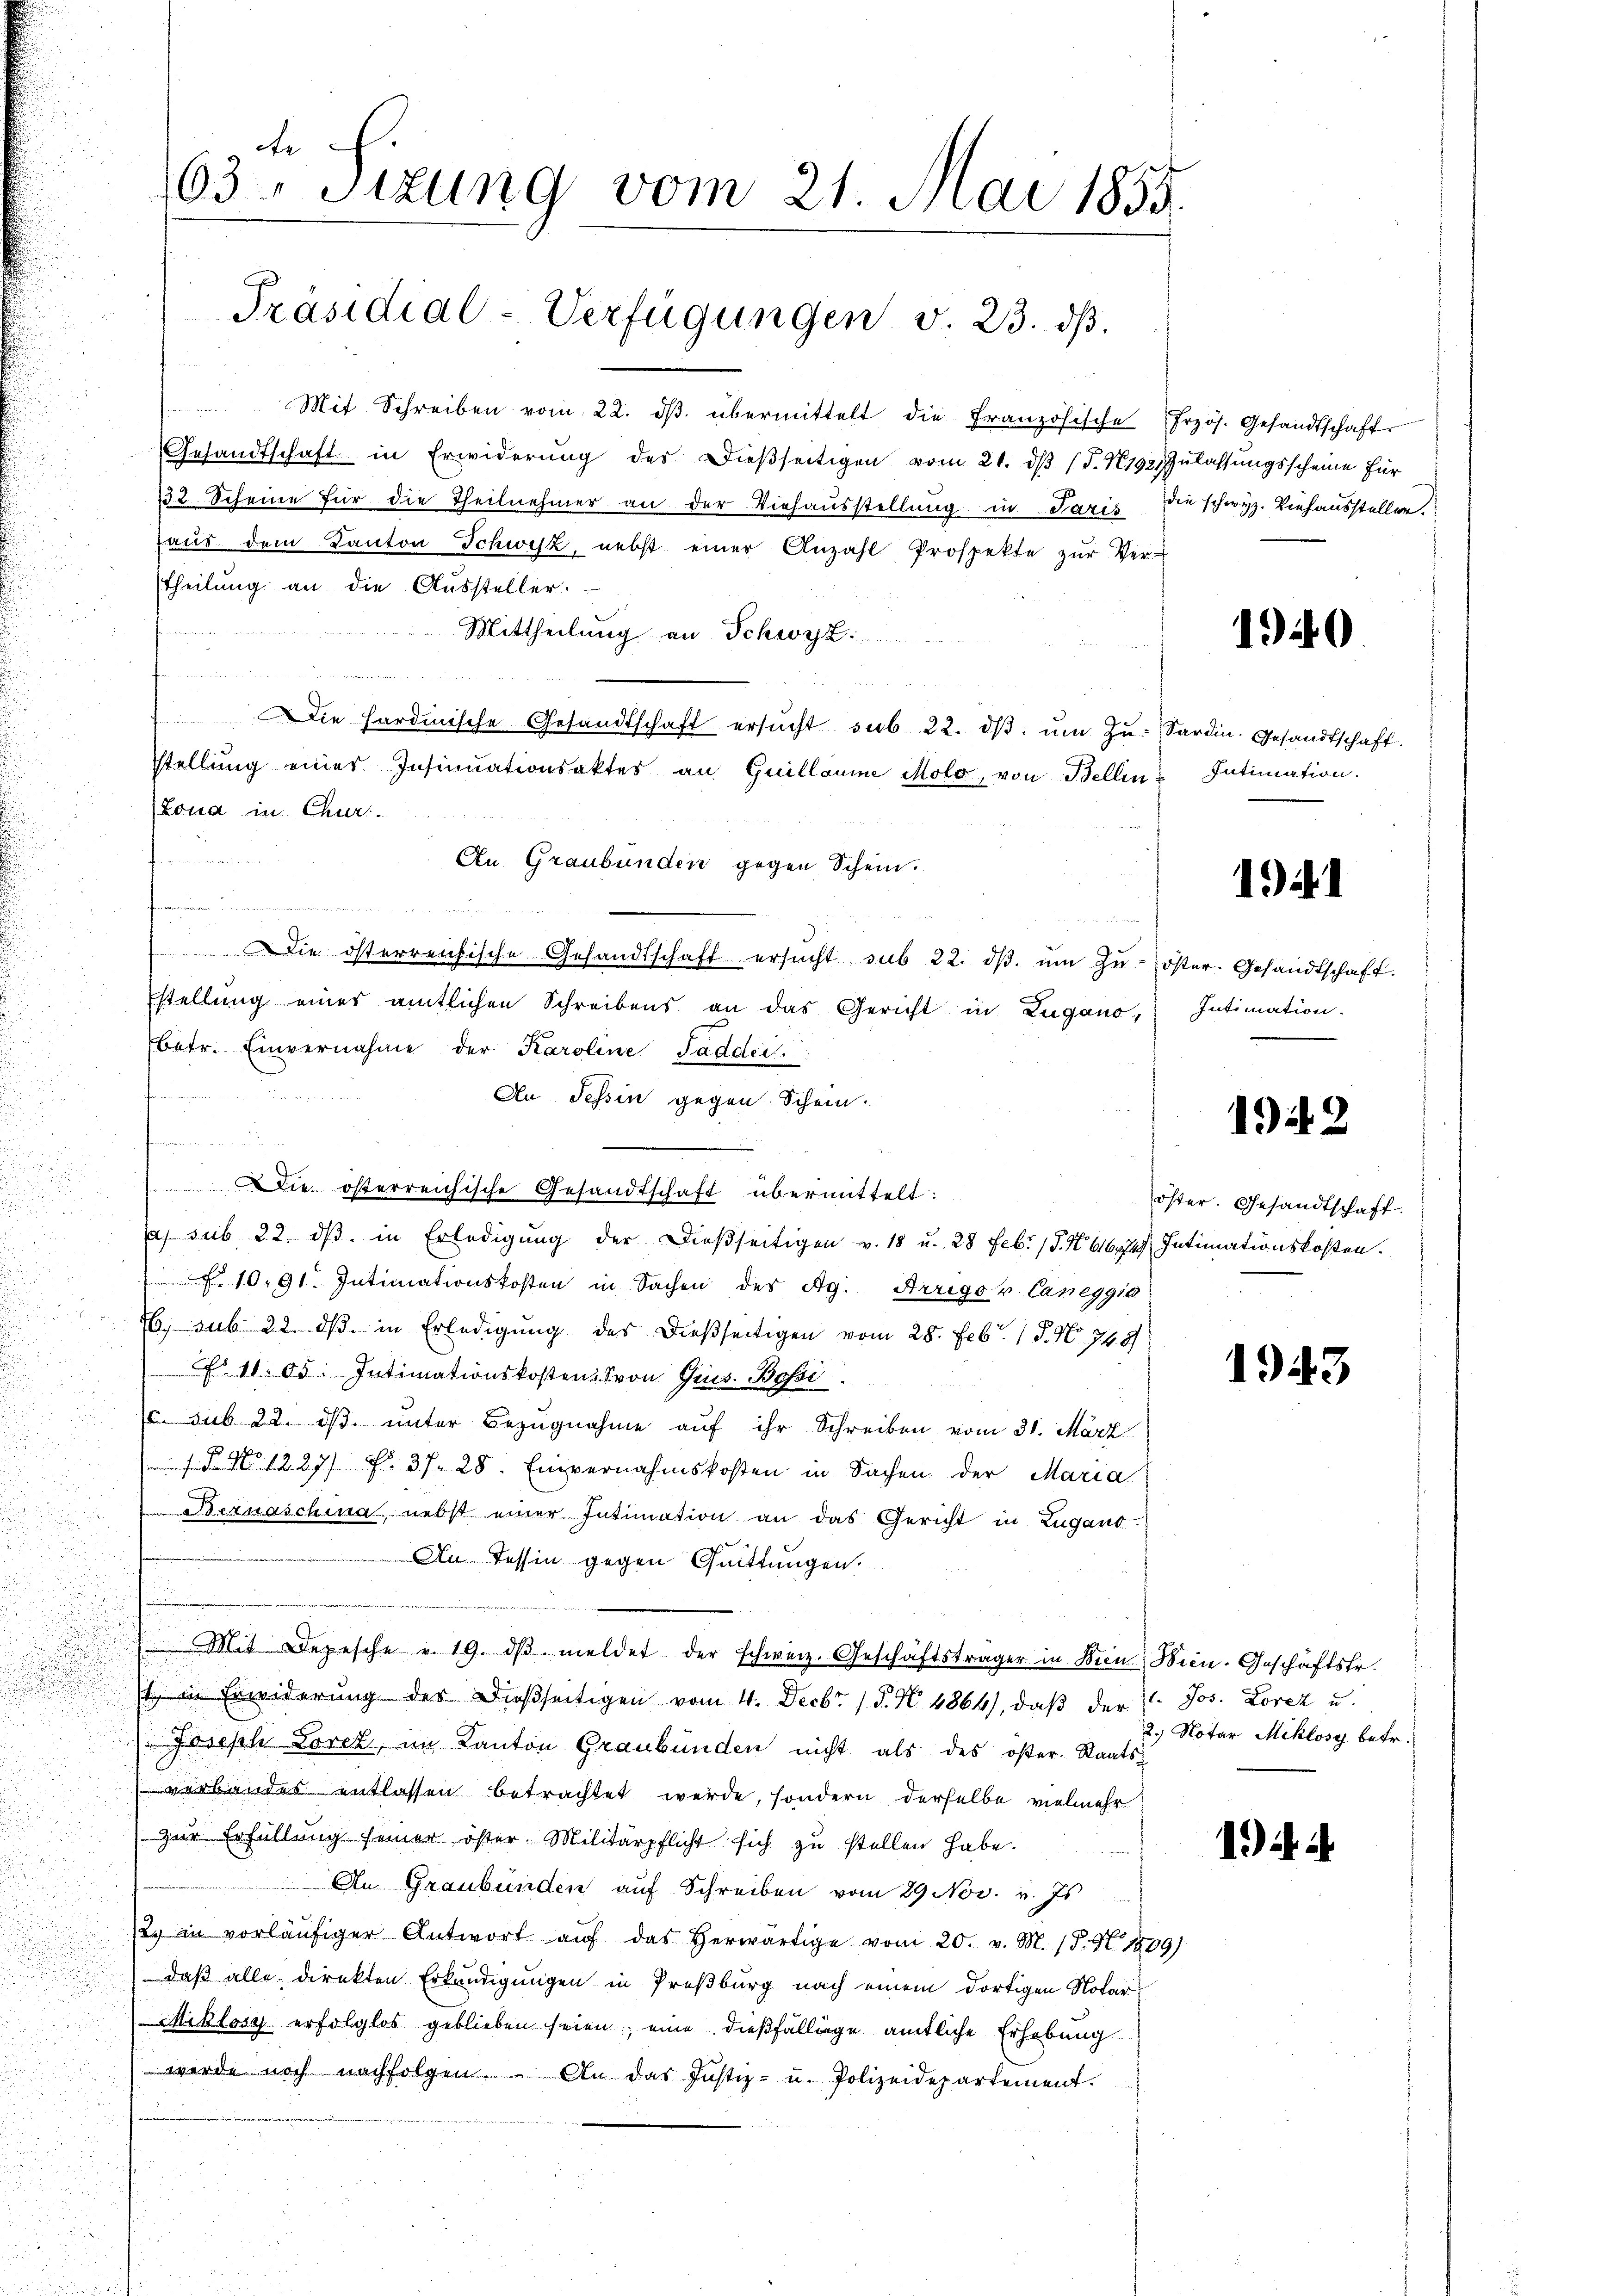
ete
63 Sizung vom 21. Mai 1855.

Präsidial-Verfügungen v. 23. dβ.

Mit Schreiben vom 22. dβ übermittelt die Französische frzös. Gesandtschaft
Gesandtschaft in Erwiderŭng der dieβseitigen vom 21. dβ (§. 1192) Zulassungsscheine für
132 Scheine für die Theilnehmer an der Viehausstellung in Paris die schwyz. Viehaussteller
haŭs dem Kanton Schwyz, nebst einer Anzahl Prospekte zŭr Ver-
theilung an die Aŭssteller.
Mittheilung an Schwyz
hann in anden eine in und in in und in in den den in
Lona in Chur

An Graubünden gegen Schein.
.
.
Die österreichische Gesandtschaft ersŭcht sub 22. dβ ŭm zŭ öster. Gesandtschaft.
Estellŭng eines amtlichen Schreibens an das Gericht in Lugano, Intimation.
betr. Einvernahme der Karoline Saddei.
d
Au Tessin gegen Schein.

Die österreichische Gesandtschaft übermittelt:
u
a sub 22. dβ in Erledigŭng der dießseitigen v. 18 u. 28 Febr. 15. No 616. Intimationskosten.
f. 1091. Intimationskosten in Sachen der Ag. Arrigo v. Caneggio
26, sub 22. dβ in Erledigung der dießseitigen vom 28. Febr. 1 S. Nr. 748
No 11. 85. Intimationskosten, von Grus. Bossi
. sub 22. dβ ŭnter Bezugnahme auf ihr Schreiben vom 31. März
 No. 1227 f. 37. 28. Einvernahmskosten in Sachen der Maria
Bernaschina, nebst einer Intimation an das Gericht in Zugano.
Au Tessin gegen Quittungen.
Mit Depesche v. 19. dβ meldet der schweiz. Geschäftsträger in Bern. Bein. Geschäftstr.
st in Erwiderung der dießseitigen vom 4. Decbr. 1 S. N. 4864), daβ der 1. Jos. Lorez u.
" Joseph Loret, im Kanton Graubünden nicht als des öster. Staats-
verbandes entlassen betrachtet werde, sondern derselbe vielmehr
zur Erfüllung seiner öster Militärpflicht sich zu stellen habe.
An Graubünden auf Schreiben vom 29 Nov. v. Js
2. in vorläŭfiger Antwort aŭf das herwärtige vom 20. v. M. (S. 1509)
daß alle direkten Erkundigungen in Preßburg nach einem dortigen Notar
Miklosz erfolglos geblieben seien eine dießfällige amtliche Erhebung
werde noch nachfolgen. An das Justiz- u. Polizeidepartement.

Stellung einer Insinuationsaktes an Guillaume Molo, von Bellin¬

2
 Die Hardinische Gesandtschaft ersŭcht sub. 22. dβ ŭm Zŭ- Sardin. Gesandtschaft.

1940.

Intimation.

194. 1

1949

öster. Gesandtschaft.

1943

2.) Notar Miklosy betr.

it ih